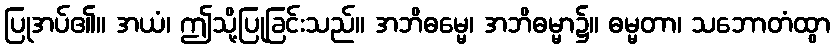
ပြုအပ်၏။ အယံ၊ ဤသို့ပြုခြင်းသည်။ အဘိဓမ္မေ၊ အဘိဓမ္မာ၌။ ဓမ္မတာ၊ သဘောတံထွာ